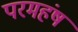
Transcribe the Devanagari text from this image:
परमहंष